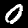
Label: 0